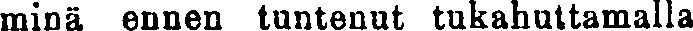
minä ennen tuntenut tukahuttamalla